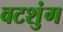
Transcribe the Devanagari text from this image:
वटशुंग